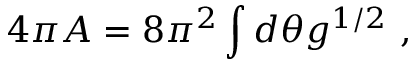
4 \pi A = 8 \pi ^ { 2 } \int d \theta g ^ { 1 / 2 } \ ,